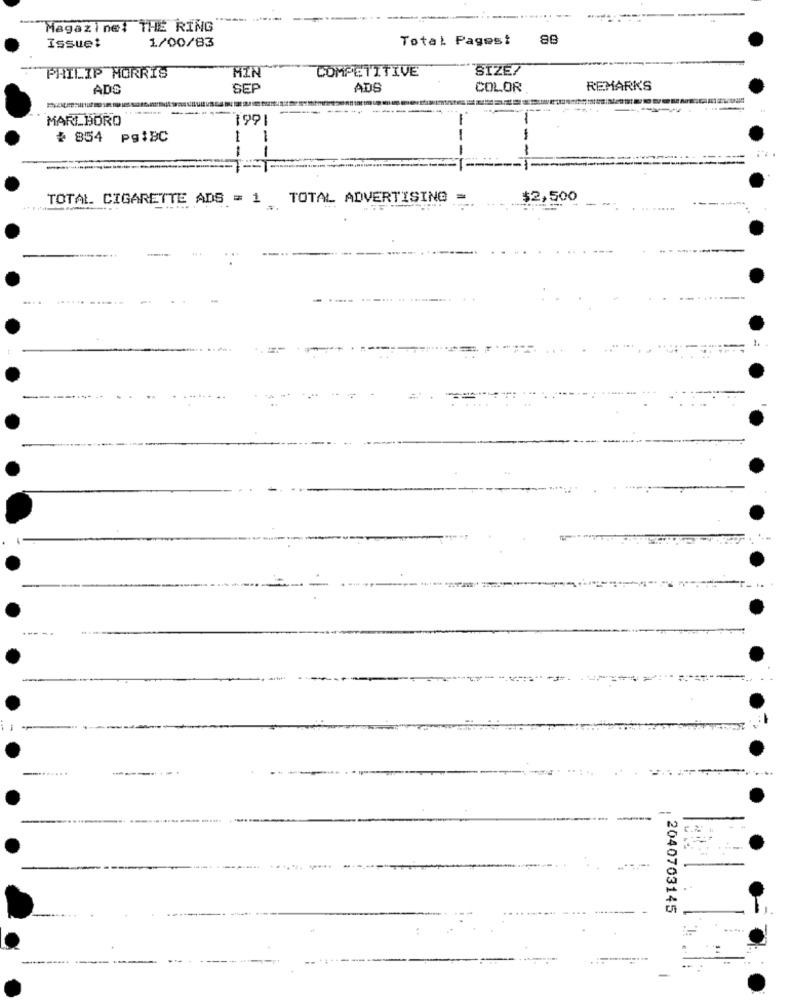
Magazine: THE RING
1/00/83
Total Pages!
88
Issue:
HIN
COMPETITIVE
SIZE?
PHILIP MORRIS
ADC
SEP
ADS
COLOR
REMARKS
MARLBORO
1991
# 854
Pg: BC
--
TOTAL CIGARETTE ADS = 1
TOTAL ADVERTISING
$2,500
----
-T -.
-.
. 2040703145